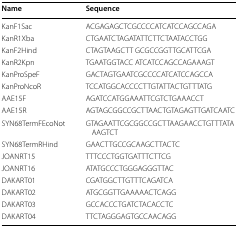
<table><thead><tr><td><b>Name</b></td><td><b>Sequence</b></td></tr></thead><tbody><tr><td>KanF1Sac</td><td>ACGAGAGCTCGCCCCATCATCCAGCCAGA</td></tr><tr><td>KanR1Xba</td><td>CTGAATCTAGATATTCTTCTAATACCTGG</td></tr><tr><td>KanF2Hind</td><td>CTAGTAAGCTT GCGCCGGTTGCATTCGA</td></tr><tr><td>KanR2Kpn</td><td>TGAATGGTACC ATCATCCAGCCAGAAAGT</td></tr><tr><td>KanProSpeF</td><td>GACTAGTGAATCGCCCCATCATCCAGCCA</td></tr><tr><td>KanProNcoR</td><td>TCCATGGCACCCCTTGTATTACTGTTTATG</td></tr><tr><td>AAE15F</td><td>AGATCCATGGAAATTCGTCTGAAACCT</td></tr><tr><td>AAE15R</td><td>AGTAGCGGCCGCTTAACTGTAGAGTTGATCAATC</td></tr><tr><td>SYN68TermFEcoNot</td><td>GTAGAATTCGCGGCCGCTTAAGAACCTGTTTATAAAGTCT</td></tr><tr><td>SYN68TermRHind</td><td>GAACTTGCCGCAAGCTTACTC</td></tr><tr><td>JOANRT15</td><td>TTTCCCTGGTGATTTCTTCG</td></tr><tr><td>JOANRT16</td><td>ATATGCCCTGGGAGGGTTAC</td></tr><tr><td>DAKART01</td><td>CGATGGCTTGTTTCAGATCA</td></tr><tr><td>DAKART02</td><td>ATGCGGTTGAAAAACTCAGG</td></tr><tr><td>DAKART03</td><td>GCCACCCTGATCTACACCTC</td></tr><tr><td>DAKART04</td><td>TTCTAGGGAGTGCCAACAGG</td></tr></tbody></table>